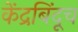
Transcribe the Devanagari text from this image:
केंद्रबिंदूच